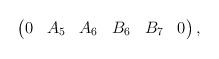
LaTeX: \begin{align*}\begin{pmatrix} 0 & A_5 & A_6& B_6 & B_7 & 0 \end{pmatrix},\end{align*}